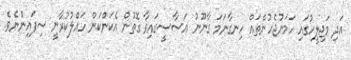
އަދި މަޖިލީހުގައި ހަމަނުޖެހުންތައް ހިނގާނަމަ ގާނޫނު އަސާސީގައިވާ ގޮތުން އެކަންކަން ހައްލުކުރާނީ ސިފައިންނެވެ.